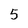
Character: 5